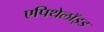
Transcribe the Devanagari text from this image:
एपिथेलॉइड